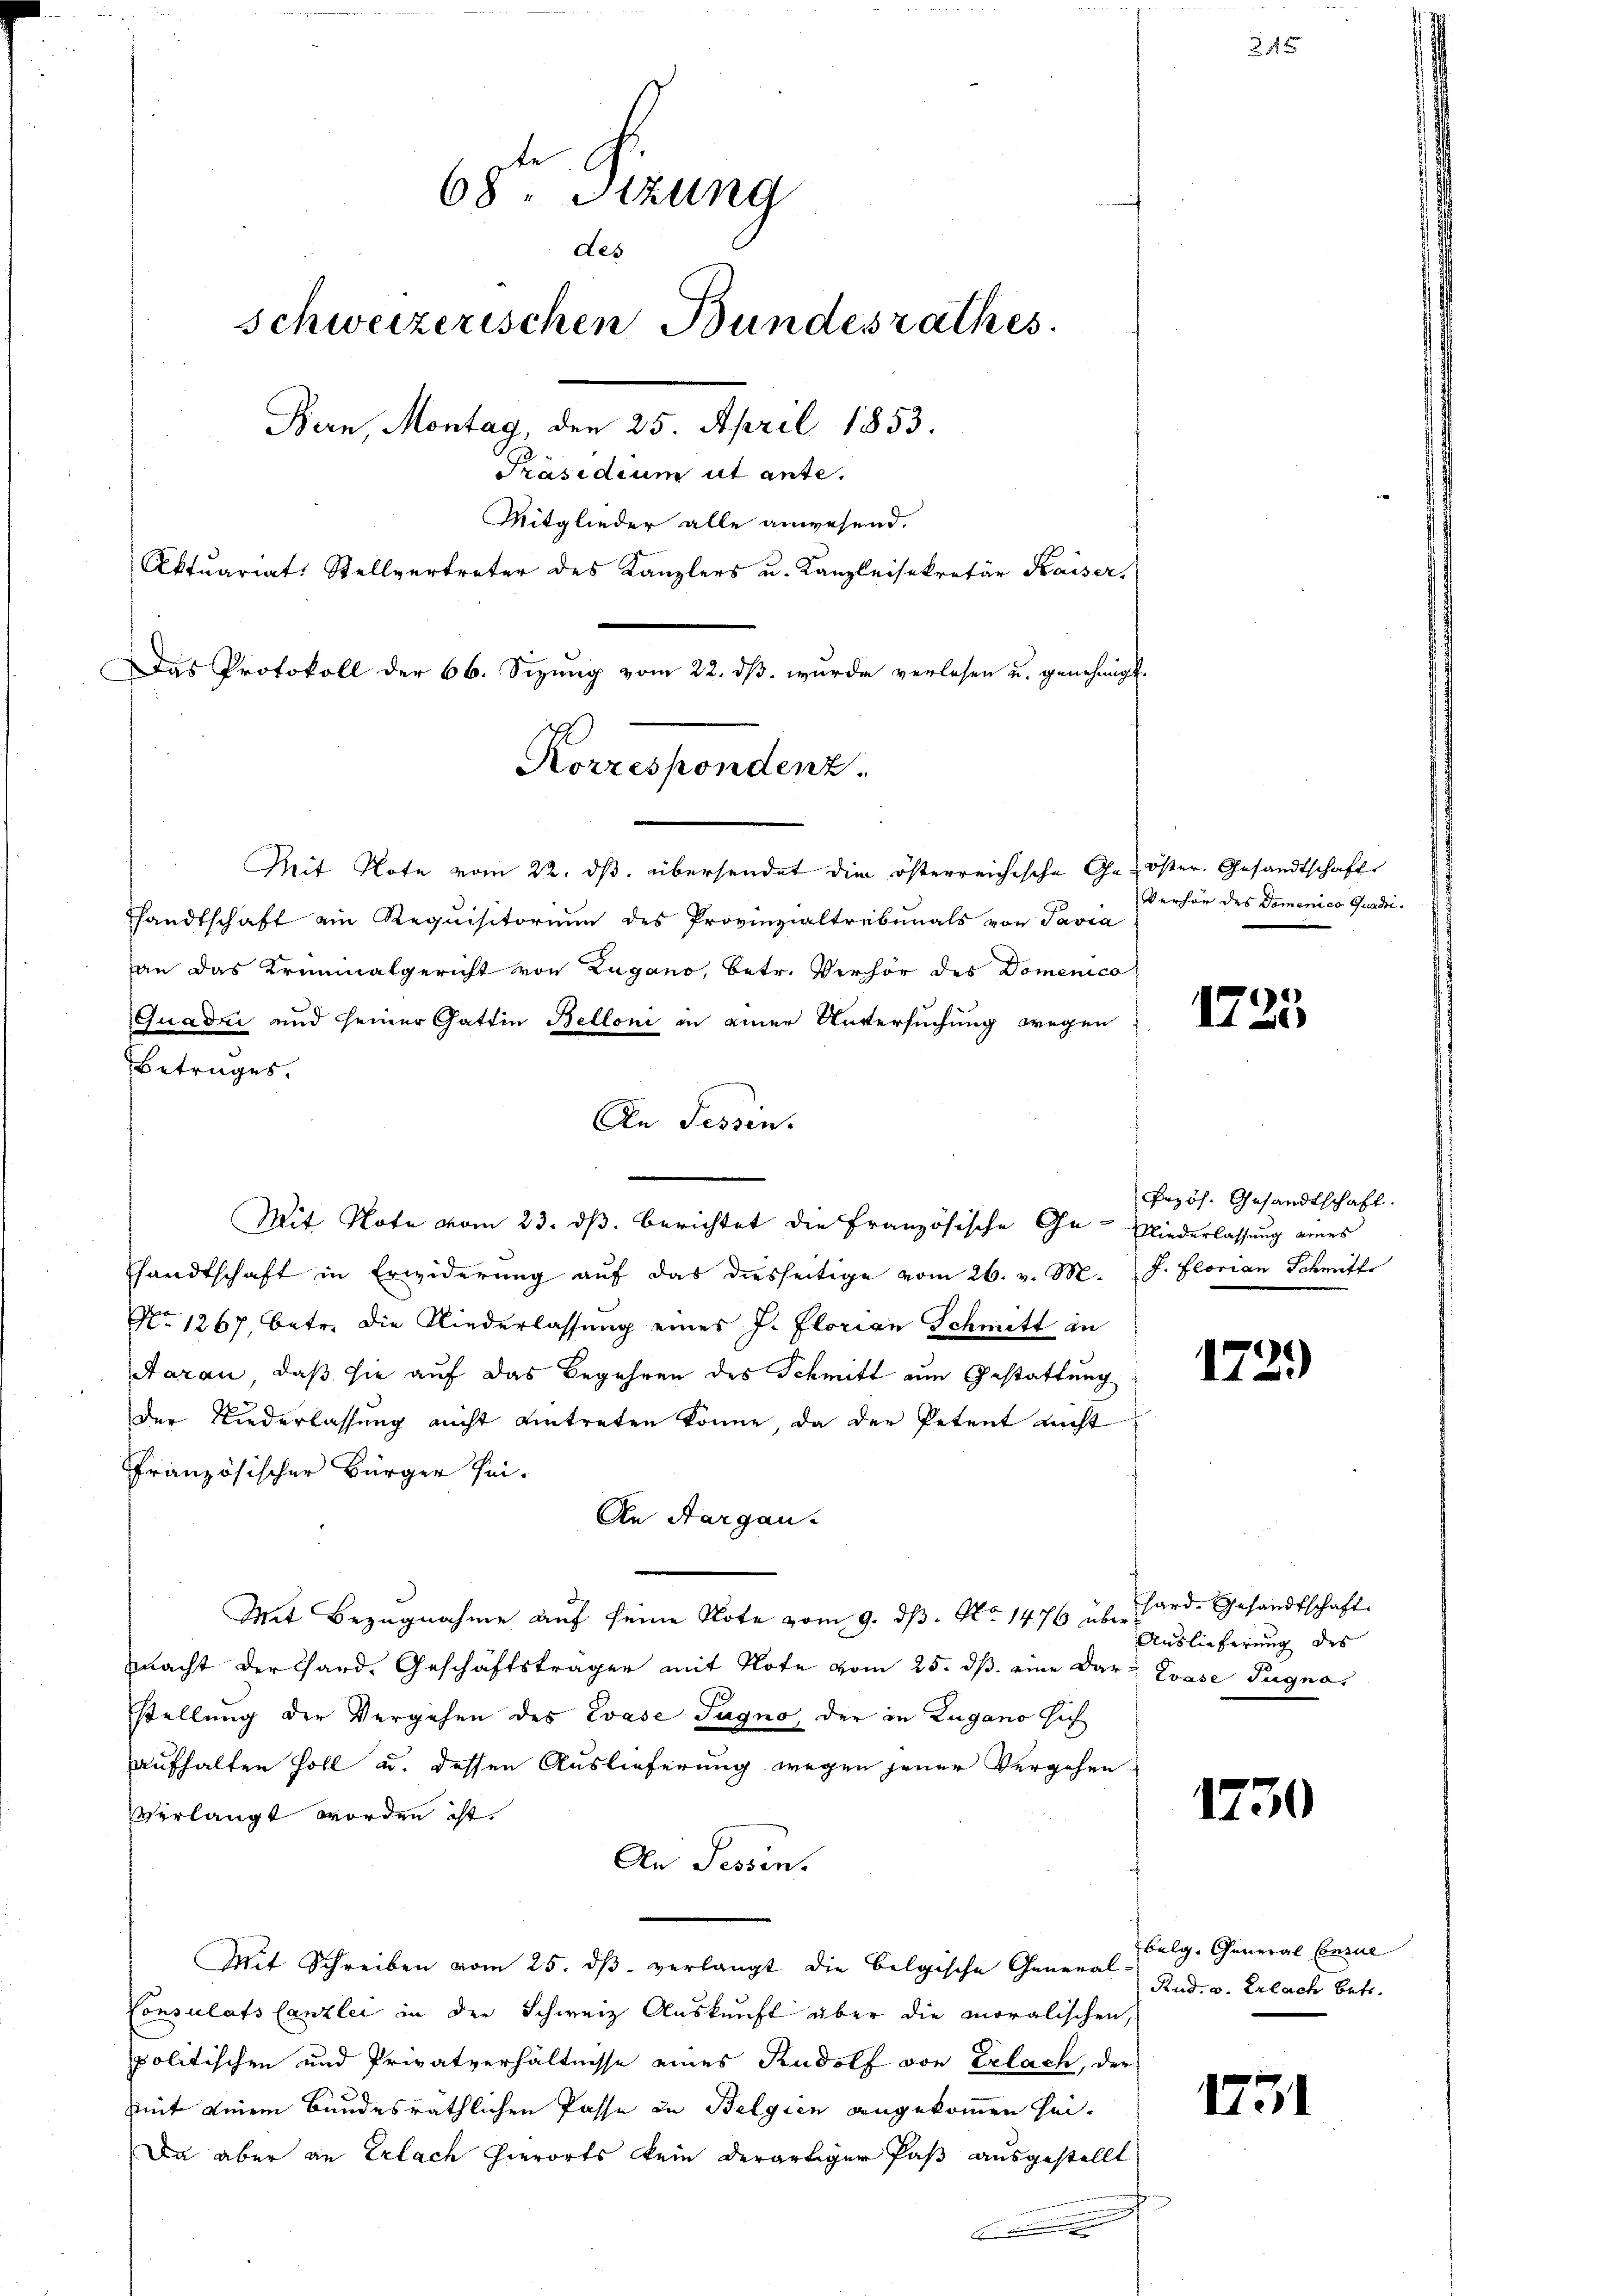
68ten Sizung
des
schweizerischen Bundesrathes.
Bern, Montag, den 25. April 1853.
Präsidium ut ante.
Mitglieder alle anwesend.
Aktuariats Stellvertreter des Kanzlers u. Kanzleisekretär Kaiser.
Das Protokoll der 66. Sizŭng vom 22. dβ. wurde verlesen u. genehmigt.

Korrespondenz.
Mit Note vom 22. ds. übersendet die österreichische Ge- öster. Gesandtschaft

handtschaft ein Requisitorium des Provinzialtribunals von Pavia
an das Kriminalgericht von Zugano, betr. Verhör des Domenico
Quadri und seiner Gattin Belloni in einer Untersuchung wegen
Betruges.
An Tessin.
Mit Note vom 23. ds. berichtet die Französische Ge- Niederlassung eines
handtschaft in Erwiderung aŭf das diesseitige vom 26. v. M. J. Florian Schmitt
No 1267, betr. die Niederlassŭng eines J. Florian Schmitt in
Aarau, daß sie auf das Begehren des Schmitt zum Gestattung
der Niederlassung nicht eintreten könne, da der Petent nicht
Französischer Bürger sei¬
An Aargau.
Mit Bezugnahme auf seine Note vom 9. dβ. No 1476 über Pard-Gesandtschaft
macht der Chard. Geschäftsträger mit Note vom 25. dβ eine Dar- Zvase Tugna
sstellung der Vergehen des Evase Jugno, der in Zugano sich
aufhalten soll u. dessen Auslieferung wegen jener Vergehen
verlangt worden ist.
An Sessen.
Mit Schreiben vom 25. dβ verlangt die belgische General Rud. v. Erlach betr.
Consulats Canzlei in der Schweiz Auskunft über die moralischen
politischen und Privatverhältnisse eines Rudolf von Erlach, der
mit einem Bundesräthlichen Pässe in Belgien angekommen sei¬
Da aber an Erlach hierorts kein derartiger Paß ausgestellt
c

Verhör des Domenico Quadri¬

245

1725

Przös. Gesandtschaft.

1729

Auslieferung des

1730

Belg. General Consue

1731